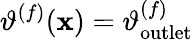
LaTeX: \vartheta^{(f)}(\mathbf{x})=\vartheta_{\mathrm{outlet}}^{(f)}